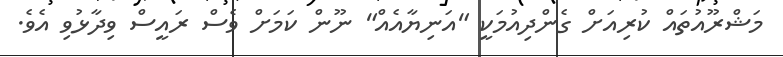
މަޝްރޫއުތައް ކުރިއަށް ގެންދިއުމަކީ "އަނިޔާއެއް" ނޫން ކަމަށް ވެސް ރައީސް ވިދާޅުވި އެވެ.